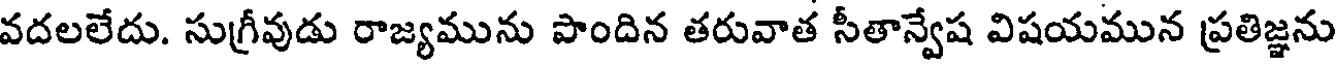
వదలలేదు. సుగ్రీవుడు రాజ్యమును పొందిన తరువాత సీతాన్వేష విషయమున ప్రతిజ్ఞను